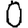
Digit: 0